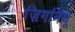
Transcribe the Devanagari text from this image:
ज़िगनियू